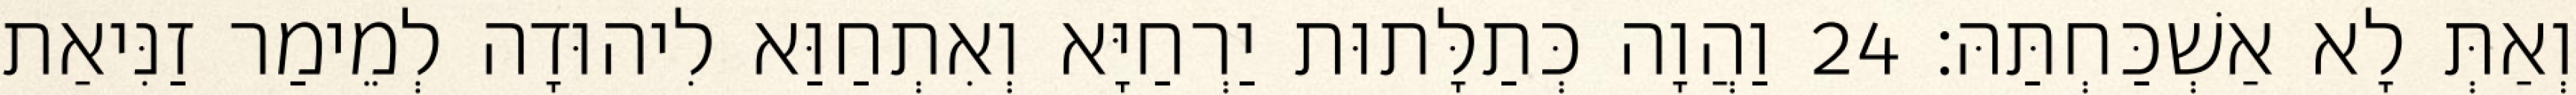
וְאַתְּ לָא אַשְׁכַּחְתַּהּ׃ 24 וַהֲוָה כְּתַלָּתוּת יַרְחַיָּא וְאִתְחַוַּא לִיהוּדָה לְמֵימַר זַנִּיאַת